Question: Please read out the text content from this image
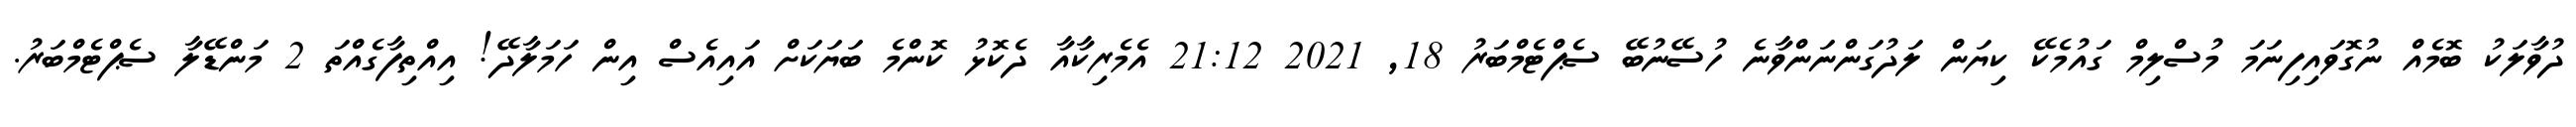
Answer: ދުވާލަކު ބޮމެއް ނުގޮވައިފިނަމަ މުސްލިމް ގައުމެކޭ ކިޔަން ލަދުގަންނަންވާނެ ހުސޭނުބޭ ސެޕްޓެމްބަރު 18, 2021 21:12 އެމެރިކާއާ ދެކޮޅު ކޮންމެ ބަޔަކަށް އައިއެސް އިން ހަމަލާދޭ! އިއްތިފާގެއްތަ 2 މަންޑޭލާ ސެޕްޓެމްބަރު.